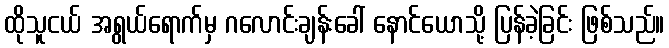
ထိုသူငယ် အရွယ်ရောက်မှ ဂလောင်းချန်းခေါ် နောင်ယောသို့ ပြန်ခဲ့ခြင်း ဖြစ်သည်။